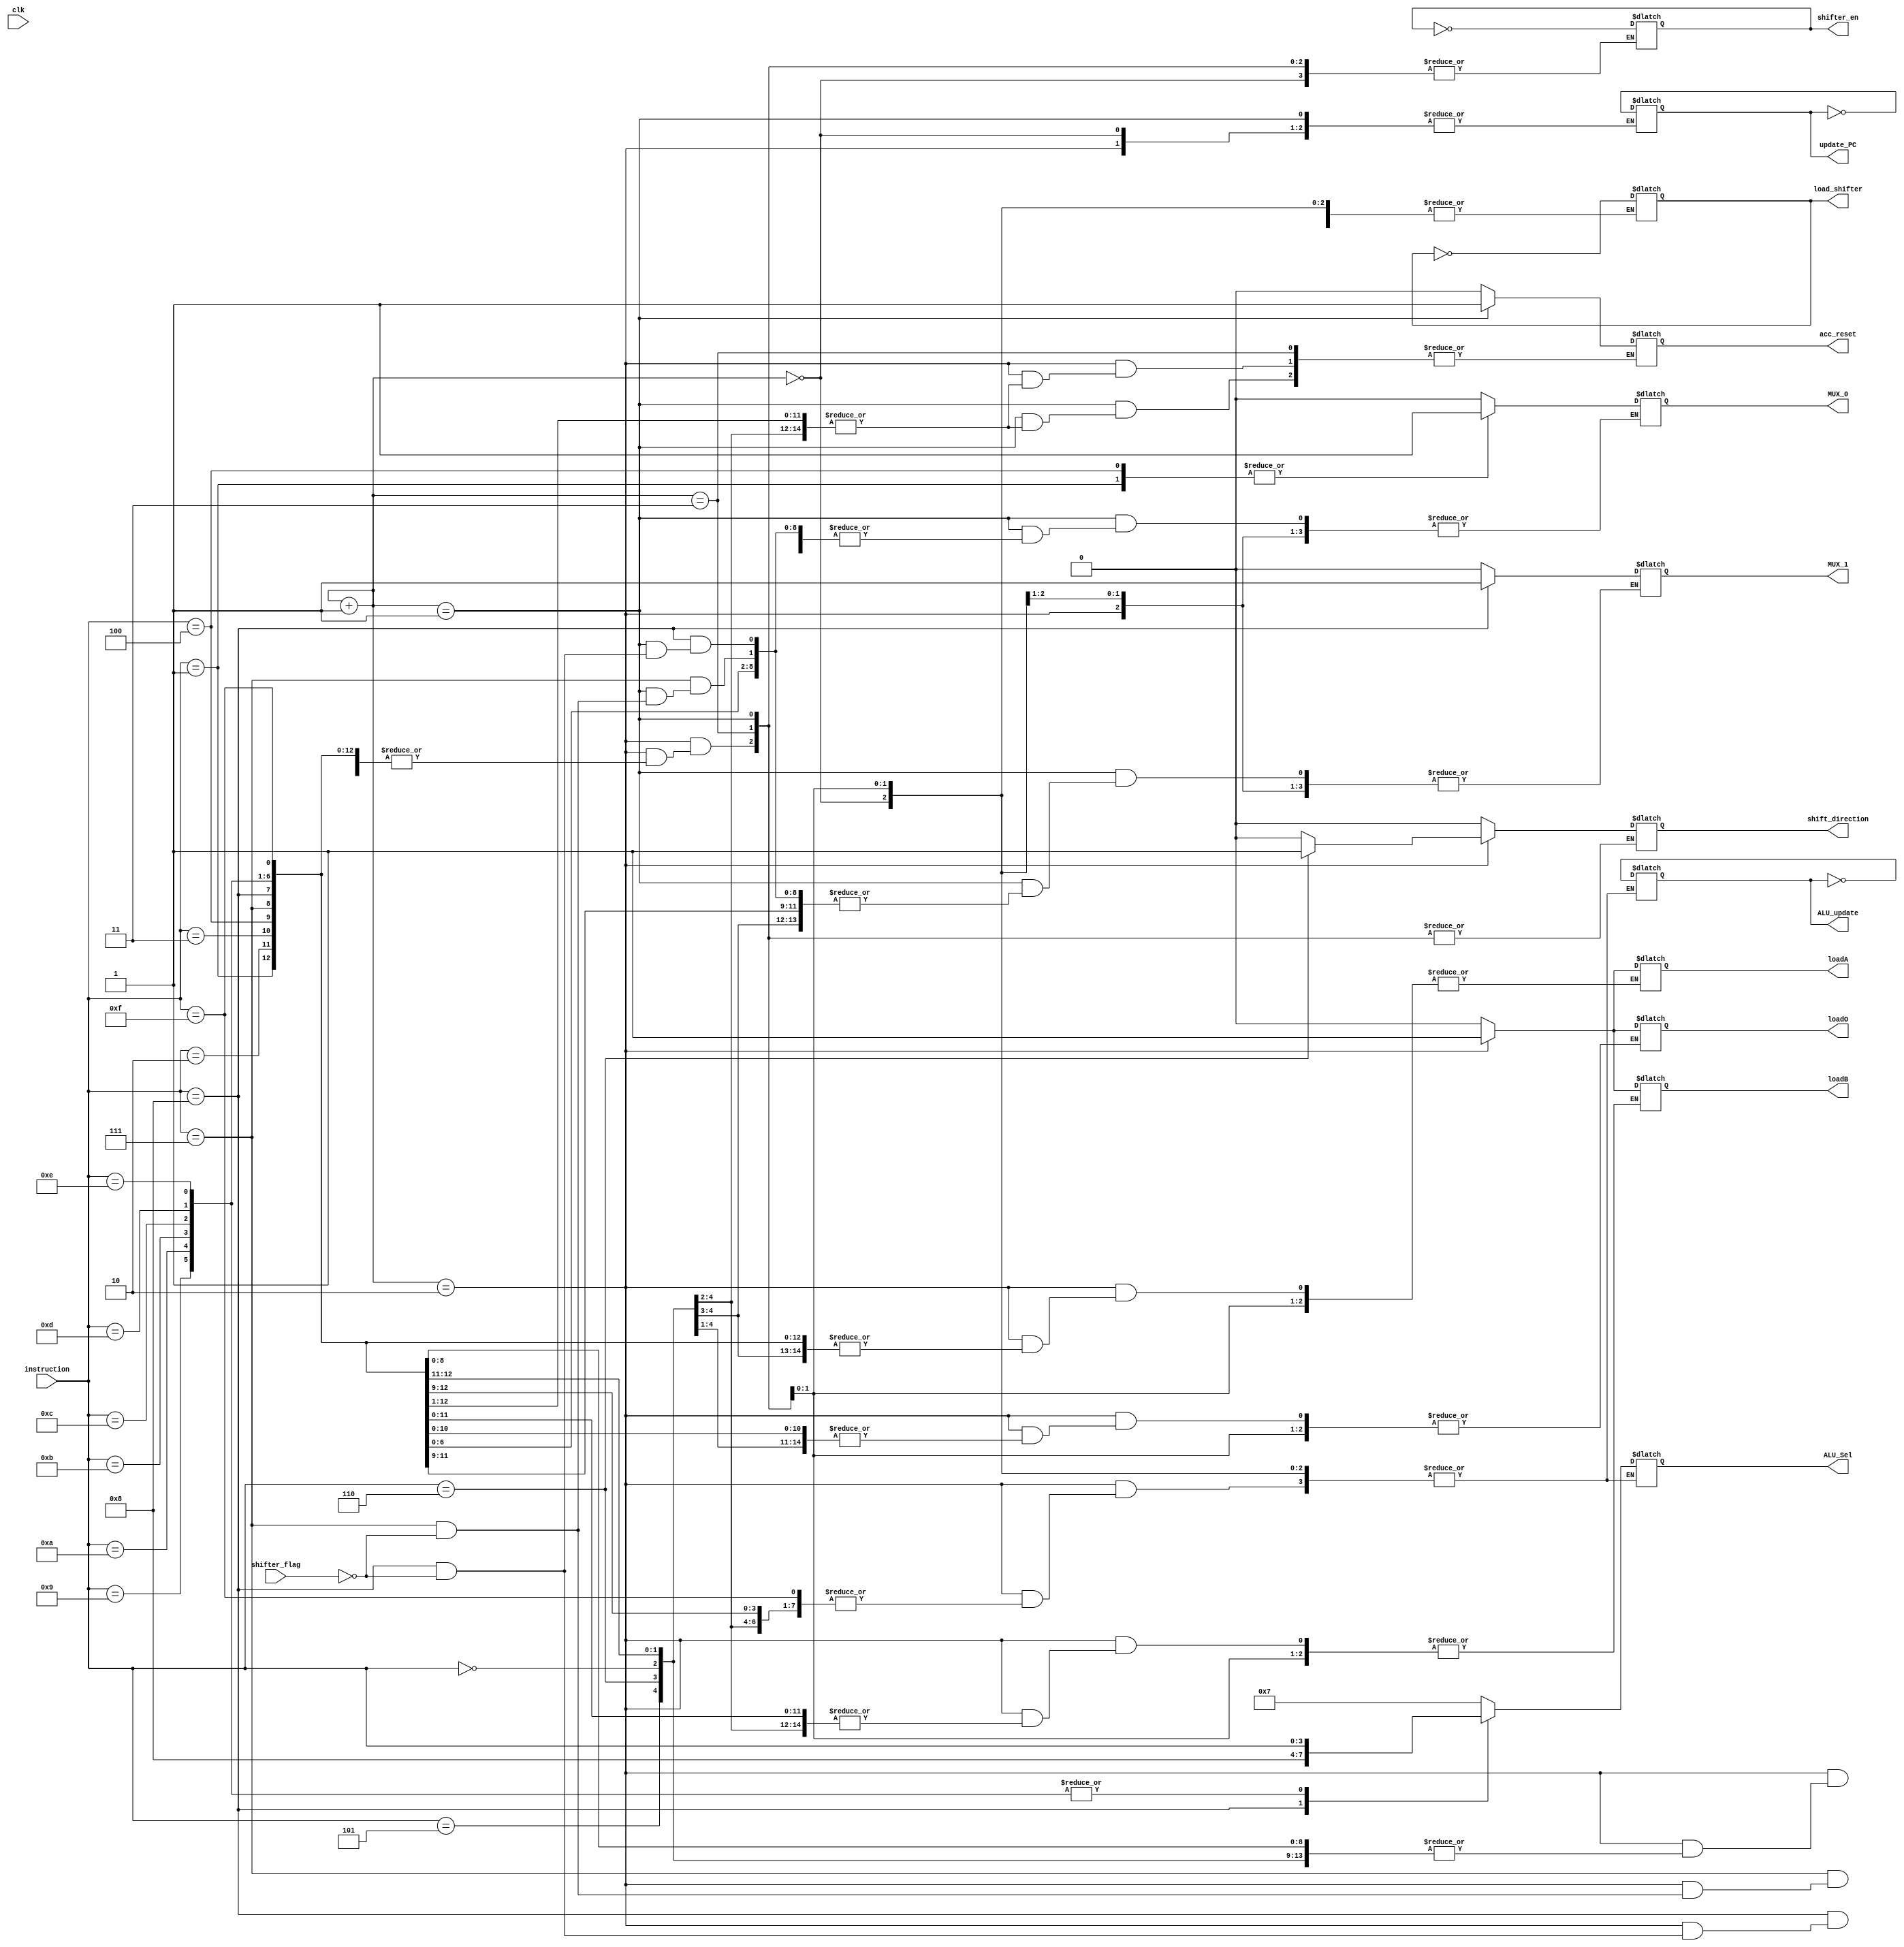
// This program was cloned from: https://github.com/BlackWatch0/EEE228_Microprocessor
// License: GNU General Public License v3.0

module Instruction_Decoder(
    input [3:0] instruction,
    input clk,
    input shifter_flag,
    output reg loadA,
    output reg loadB,
    output reg loadO,
    output reg MUX_0=0,
    output reg MUX_1=0,
    output reg shift_direction,
    output reg shifter_en=0,
    output reg load_shifter=0,
    output reg [3:0] ALU_Sel,
    output reg ALU_update=0,
    output reg update_PC = 0,
    output reg acc_reset = 0
);

// Define operations
localparam LD_A         = 4'b0000;
localparam LD_B         = 4'b0001;
localparam LD_O         = 4'b0010;
localparam LD_SH_A      = 4'b0011;
localparam LD_SH_B      = 4'b0100;
localparam SHR          = 4'b0101;
localparam SHL          = 4'b0110;
localparam ACC_NZ_A     = 4'b0111;
localparam ACC_NZ_SH    = 4'b1000;
localparam ADD          = 4'b1001;
localparam SUB          = 4'b1010;
localparam INV          = 4'b1011;
localparam AND          = 4'b1100;
localparam OR           = 4'b1101;
localparam XOR          = 4'b1110;
localparam CLR_ACC      = 4'b1111;

reg [1:0] counter=2'b00;

always @(clk) begin
    counter = counter+2'b01;
    case (counter)
        2'b00:begin
        loadA = 0;
        loadB = 0;
        loadO = 0;
        shift_direction = 0;
        acc_reset = 0;
        end
        // step 2
        2'b01:begin
        case(instruction)
                LD_A:       begin MUX_0 = 0; MUX_1 = 0; end
                LD_B:       begin MUX_0 = 1; MUX_1 = 0; end
                LD_O:       begin end
                LD_SH_A:    begin MUX_0 = 0; end
                LD_SH_B:    begin MUX_0 = 1; end
                SHR:        begin end
                SHL:        begin end
                ACC_NZ_A:   begin
                                if(shifter_flag) begin
                                    MUX_0 = 0; MUX_1 = 0;
                                end
                            end
                ACC_NZ_SH:  begin
                                if(shifter_flag) begin
                                    MUX_0 = 0; MUX_1 = 1;
                                end
                            end
                ADD:        begin end
                SUB:        begin end
                INV:        begin end
                AND:        begin end
                OR:         begin end
                XOR:        begin end
                CLR_ACC:    begin acc_reset = 1; end
                default:    begin end
        endcase
        end
        // step 3
        2'b10:
        begin
        case(instruction)
                LD_A:       begin loadA = 1; end
                LD_B:       begin loadB = 1; end
                LD_O:       begin loadO = 1; end
                LD_SH_A:    begin load_shifter = ~load_shifter; end
                LD_SH_B:    begin load_shifter = ~load_shifter; end
                SHR:        begin shifter_en = ~shifter_en; shift_direction = 0; end
                SHL:        begin shifter_en = ~shifter_en; shift_direction = 1; end
                ACC_NZ_A:   begin
                                if(shifter_flag) begin
                                    ALU_Sel = 4'b0111;
                                    ALU_update=~ALU_update;
                                end
                            end
                ACC_NZ_SH:  begin
                                if(shifter_flag) begin
                                    ALU_Sel = 4'b1000;
                                    ALU_update=~ALU_update;
                                end
                            end
                ADD:        begin ALU_Sel <= instruction;ALU_update=~ALU_update; end
                SUB:        begin ALU_Sel <= instruction;ALU_update=~ALU_update; end
                INV:        begin ALU_Sel <= instruction;ALU_update=~ALU_update; end
                AND:        begin ALU_Sel <= instruction;ALU_update=~ALU_update; end
                OR:         begin ALU_Sel <= instruction;ALU_update=~ALU_update; end
                XOR:        begin ALU_Sel <= instruction;ALU_update=~ALU_update; end
                CLR_ACC:    begin acc_reset = 0; end
                default:    begin end
        endcase
        end
        2'b11:begin
        // Step 4: Update program counter
        update_PC = ~update_PC;
        end
        endcase
end

endmodule